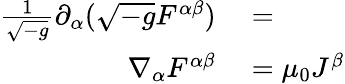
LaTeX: \begin{array}{rl}{{\frac{1}{\sqrt{-g}}}\partial_{\alpha}({\sqrt{-g}}F^{\alpha\beta})}&{{}=}\\ {\nabla_{\alpha}F^{\alpha\beta}}&{{}=\mu_{0}J^{\beta}}\end{array}